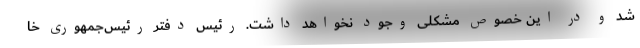
شد و در این خصوص مشکلی وجود نخواهد داشت. رئیس دفتر رئیس‌جمهوری خا